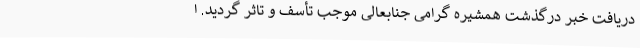
دریافت خبر درگذشت همشیره گرامی جنابعالی موجب تأسف و تاثر گردید. ا